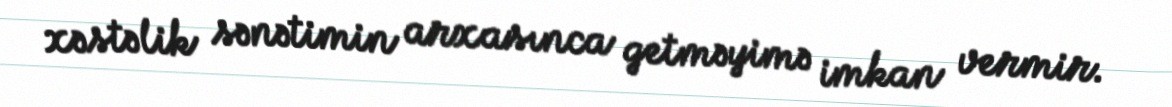
xəstəlik sənətimin arxasınca getməyimə imkan vermir.